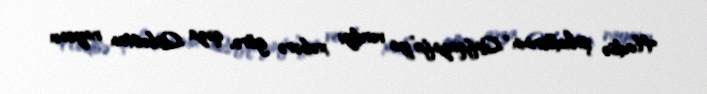
Hadisə şahidlərinin “Qafqazinfo”ya verdiyi xəbərə görə, qəza Qobustan rayonu